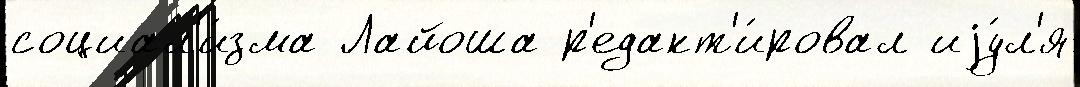
социал'и́зма Лайоша р'едакт'и́ровал иjу́л'я